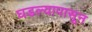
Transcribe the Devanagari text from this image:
घडल्यापासून